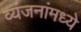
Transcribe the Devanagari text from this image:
व्यंजनांमध्ये